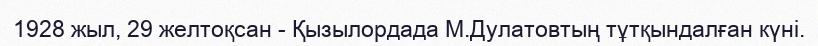
1928 жыл, 29 желтоқсан - Қызылордада М.Дулатовтың тұтқындалған күні.